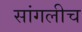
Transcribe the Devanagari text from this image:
सांगलीच